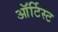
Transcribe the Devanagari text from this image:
ऑर्टिस्ट